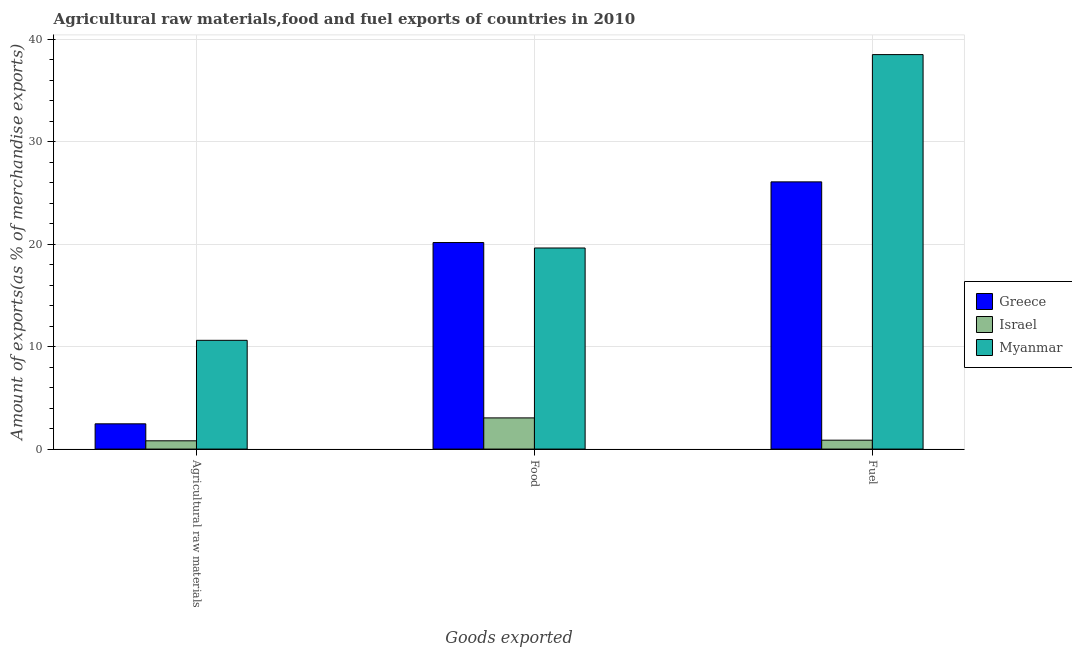
| Goods exported | Greece | Israel | Myanmar |
 | --- | --- | --- | --- |
 | Agricultural raw materials | 2.47 | 0.807 | 10.6 |
 | Food | 20.2 | 3.04 | 19.6 |
 | Fuel | 26.1 | 0.868 | 38.5 |